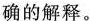
确的解释。